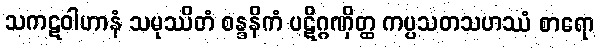
သကဋဝါဟာနံ သမုဿိတံ စန္ဒနိကံ ပဋိဂ္ဂဏှိတ္ထ ကပ္ပသတသဟဿံ စာရော